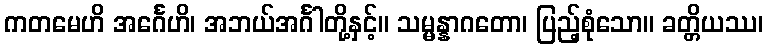
ကတမေဟိ အင်္ဂေဟိ၊ အဘယ်အင်္ဂါတို့နှင့်။ သမ္မန္နာဂတော၊ ပြည့်စုံသော။ ခတ္တိယဿ၊